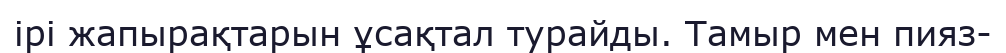
ірі жапырақтарын ұсақтал турайды. Тамыр мен пияз-